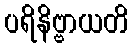
ပရိနိဗ္ဗာယတိ